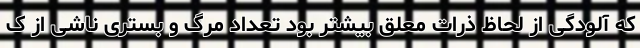
که آلودگی از لحاظ ذرات معلق بیشتر بود تعداد مرگ و بستری ناشی از ک